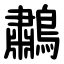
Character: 鷫